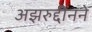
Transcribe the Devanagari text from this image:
अझरुद्दीनने